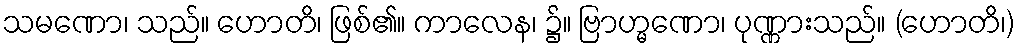
သမဏော၊ သည်။ ဟောတိ၊ ဖြစ်၏။ ကာလေန၊ ၌။ ဗြာဟ္မဏော၊ ပုဏ္ဏားသည်။ (ဟောတိ၊)